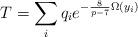
LaTeX: \begin{align*}T = \sum_i q_i e^{-\frac{8}{p-7}\Omega(y_i)}\end{align*}